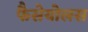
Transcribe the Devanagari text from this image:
फैसेयोलस